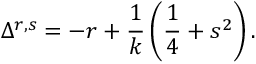
\Delta ^ { r , s } = - r + \frac 1 k \left( \frac 1 4 + s ^ { 2 } \right) .